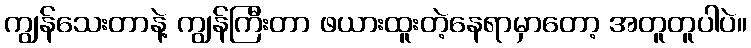
ကျွန်သေးတာနဲ့ ကျွန်ကြီးတာ ဖယားထူးတဲ့နေရာမှာတော့ အတူတူပါပဲ။